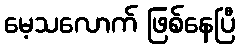
မေ့သလောက် ဖြစ်နေပြီ